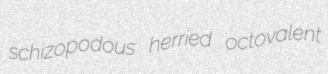
schizopodous herried octovalent